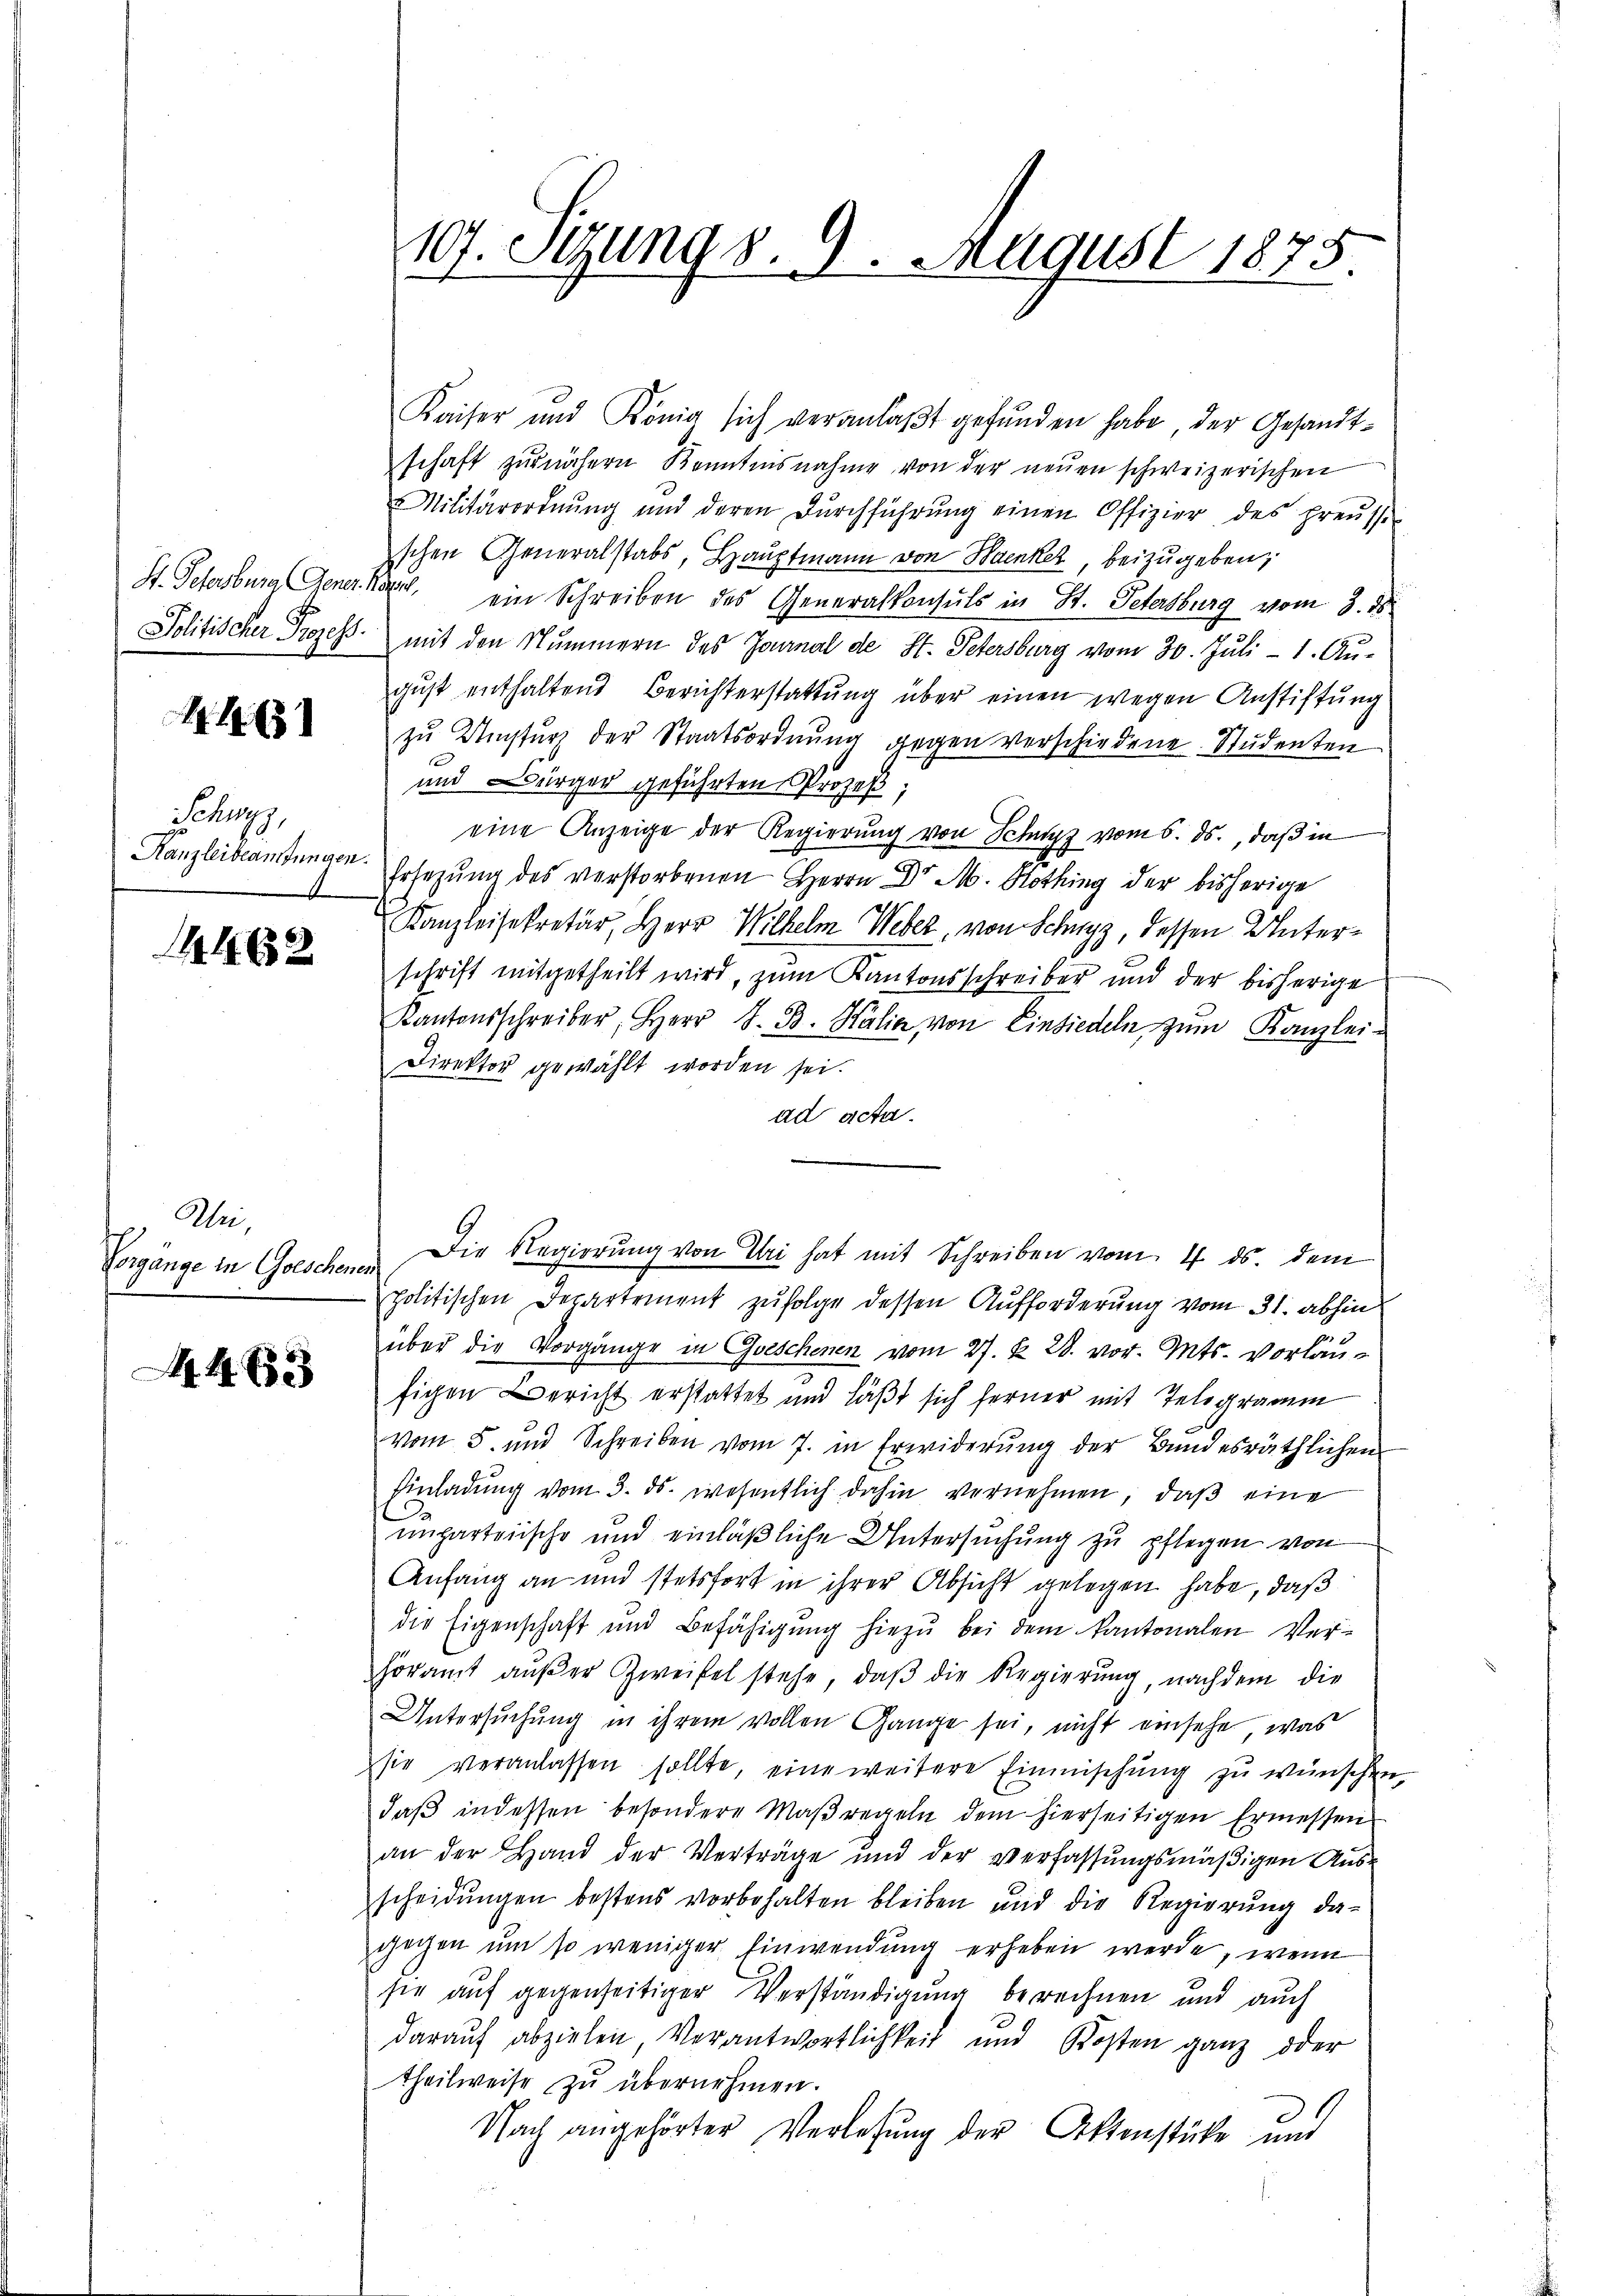
118

ugg
Kanzleibeamtungen.

14633

Wei¬
Vorgänge in Geschene

4x

107. Setzung d. 9. August 1875.

Kaiser und König sich veranlaβt gefŭnden habe, der Gesandt-
schaft zŭr nähern Kenntnisnahme von der neŭen schweizerischen
Militärordnung und deren Dŭrchführŭng einen Offizier des preusse
schen Generalstabs, Hauptmann von Baenker, beizugeben,
St. Petersburg Gener Karl ein Schreiben des Generalkonsuls in St. Petersburg vom 3. ds.
Politischer Prozeß mit den Nummern des Journal de St. Petersburg vom 30. Juli - 1. August enthaltend Berichterstattung über einen wegen Anstiftung
zŭ Umsturz der Staatsordnŭng gegen verschiedene Studenten
1
und Bürger geführten Prozeß;
eine Anzeige der Regierung von Schutz vom 6. ds., daß in
Ersezung des verstorbenen Herrn Dr. M. Kothing der bisherige
Kanzleisekretär, Herr Wilhelm Weber, von Schwyz, dessen Unterschrift mitgetheilt wird, zum Kantonsschreiber und der bisherige
Kantonsschreiber, Herr J. B. Kalia von Einsiedeln zŭm Kanzlei-
Direktor gewählt worden sei.
ad acta.
politischen Departement zŭfolge dessen Aufforderung vom 31. abhin
über die Vorgänge in Geschenen vom 27. Z. 28. vor. Mts. vorläufigen Bericht erstattet und läßt sich ferner mit Telegramm
vom 5. und Schreiben vom 7. in Erwiderŭng der Bŭndesräthlichen
Einladung vom 3. ds. wesentlich dahin vernehmen, daß eine
unparteiische und einläßliche Untersuchung zu pflegen von
Anfang an und stetsfort in ihrer Absicht gelegen habe, daß
die Eigenschaft und Befähigung hiezu bei dem Kantonalen Verhöramt aŭβer Zweifel stehe, daβ die Regierung, nachdem die
Untersuchung in ihrem vollen Gange sei, nicht einsehe, was
sie veranlassen sollte, eine weitere Einmischŭng zu wünschen,
daβ indessen besondere Maβregeln dem hierseitigen Ermessen
an der Hand der Verträge und der verfassŭngsmäβigen Aŭs-
scheidŭngen bestens vorbehalten bleiben und die Regierŭng da-
gegen um so weniger Einwendung erheben werde, wenn
sie auf gegenseitiger Verständigung berechnen und auch
daraŭf abzielen, Verantwortlichkeit und Kosten ganz oder
theilweise zu übernehmen.
Nach angehörter Verlesung der Aktenstücke und

Die Regierŭng von Uri hat mit Schreiben vom 17. ds. dem